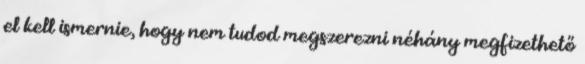
el kell ismernie, hogy nem tudod megszerezni néhány megfizethető